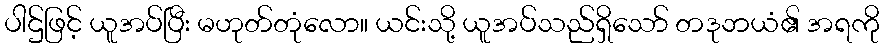
ပါဌ်ဖြင့် ယူအပ်ပြီး မဟုတ်တုံလော။ ယင်းသို့ ယူအပ်သည်ရှိသော် တဒုဘယံ၏ အရကို